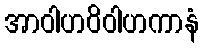
အာဝါဟဝိဝါဟကာနံ